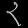
Digit: ၃